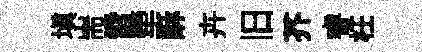
填耑雷犖酥卉旧芥睿枉